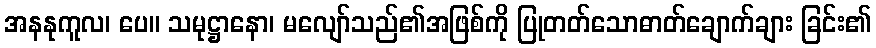
အနနုကူလ၊ ပေ။ သမုဋ္ဌာနော၊ မလျော်သည်၏အဖြစ်ကို ပြုတတ်သောဓာတ်ချောက်ချား ခြင်း၏